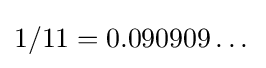
1/11=0.090909\dots